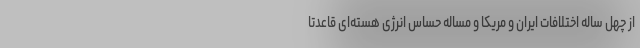
از چهل ساله اختلافات ایران و مریکا و مساله حساس انرژی هسته‌ای قاعدتا